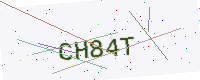
Text: CH84T